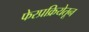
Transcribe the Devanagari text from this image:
फेरप्रक्रियेतून